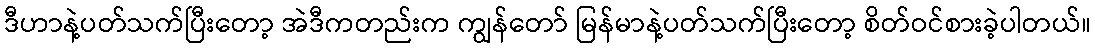
ဒီဟာနဲ့ပတ်သက်ပြီးတော့ အဲဒီကတည်းက ကျွန်တော် မြန်မာနဲ့ပတ်သက်ပြီးတော့ စိတ်ဝင်စားခဲ့ပါတယ်။